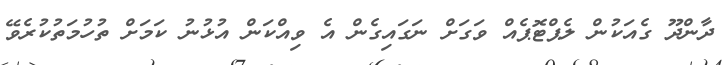
ދާންދޫ ގެއަކުން ލެޕްޓޮޕެއް ވަގަށް ނަގައިގެން އެ ވިއްކަން އުޅުނު ކަމަށް ތުހުމަތުކުރެވޭ